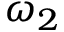
\omega _ { 2 }